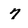
Character: 7